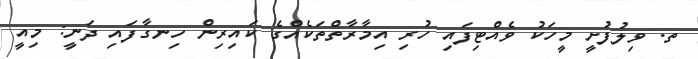
ތ. ވިލުފުށީ މީހަކު ވެއްޓިފައި ހުރި އިމާރާތްތަކެއްގެ ކައިރިން ހިނގާފައި ދަނީ: މިއީ